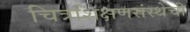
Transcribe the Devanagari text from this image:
चित्रशिक्षणसंस्थेची